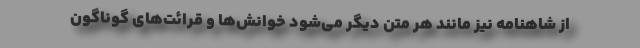
از شاهنامه نیز مانند هر متن دیگر می‌شود خوانش‌ها و قرائت‌های گوناگون